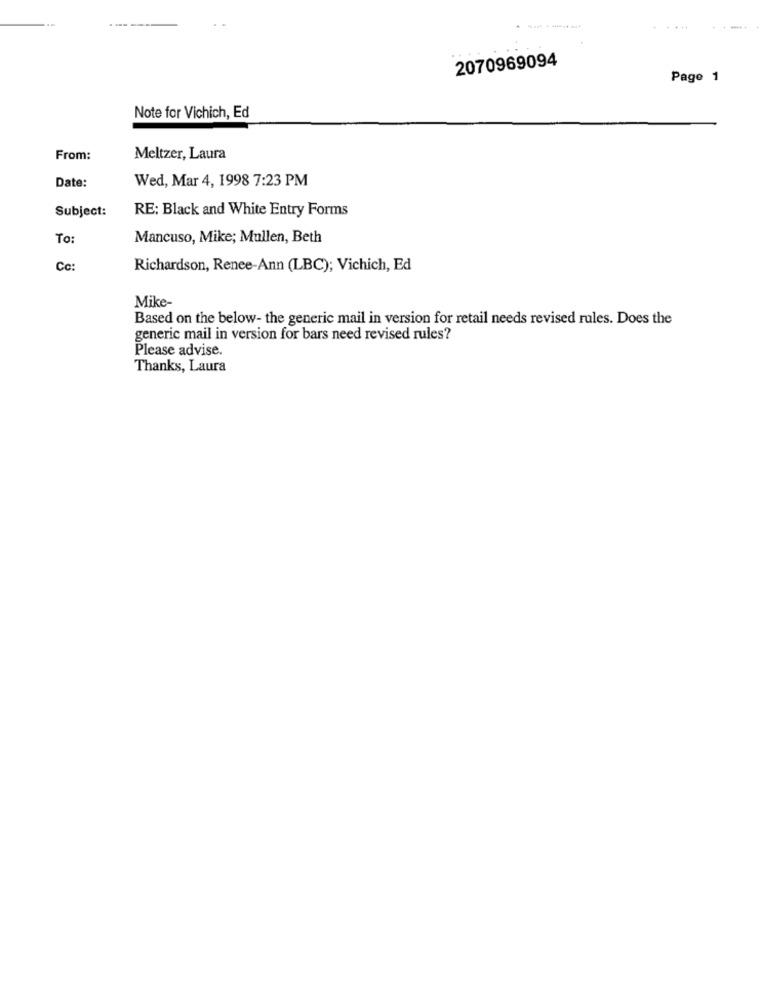
--------
2070969094
Page 1
Note for Vichich, Ed
From:
Meltzer, Laura
Wed, Mar 4, 1998 7:23 PM
Date:
Subject:
RE: Black and White Entry Forms
To:
Mancuso, Mike; Mullen, Beth
Cc:
Richardson, Renee-Ann (LBC); Vichich, Ed
Mike-
Based on the below- the generic mail in version for retail needs revised rules. Does the
generic mail in version for bars need revised rules?
Please advise.
Thanks, Laura